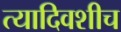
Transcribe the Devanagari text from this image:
त्यादिवशीच